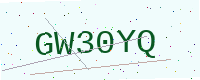
Text: GW30YQ